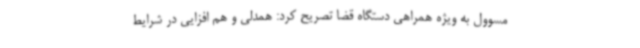
مسوول به ویژه همراهی دستگاه قضا تصریح کرد: همدلی و هم افزایی در شرایط